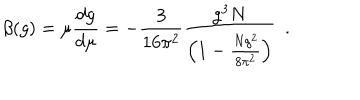
\beta ( g ) = \mu \frac { d g } { d \mu } = - \frac { 3 } { 1 6 \pi ^ { 2 } } \frac { g ^ { 3 } N } { \left( 1 - \frac { N g ^ { 2 } } { 8 \pi ^ { 2 } } \right) } \, \, \, .